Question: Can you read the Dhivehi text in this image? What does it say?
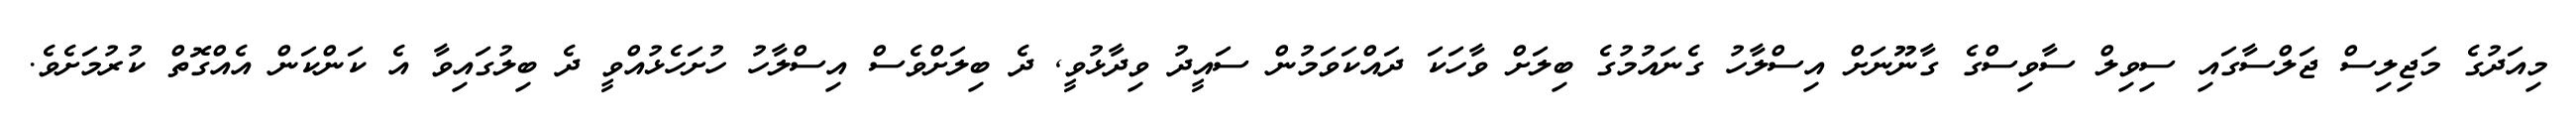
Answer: މިއަދުގެ މަޖިލިސް ޖަލްސާގައި ސިވިލް ސާވިސްގެ ގާނޫނަށް އިސްލާހު ގެނައުމުގެ ބިލަށް ވާހަކަ ދައްކަވަމުން ސައީދު ވިދާޅުވީ, ދެ ބިލަށްވެސް އިސްލާހު ހުށަހެޅުއްވީ ދެ ބިލުގައިވާ އެ ކަންކަން އެއްގޮތް ކުރުމަށެވެ.